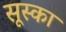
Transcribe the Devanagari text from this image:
सूस्का